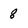
Character: 8